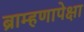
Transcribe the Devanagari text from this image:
ब्राम्हणापेक्षा